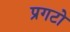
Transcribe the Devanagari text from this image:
प्रगटो